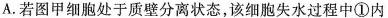
A. 若图甲细胞处于质壁分离状态，该细胞失水过程中①内